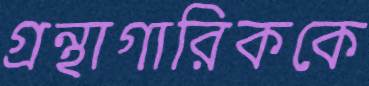
গ্রন্থাগারিককে